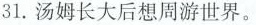
31.汤姆长大后想周游世界。